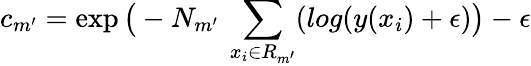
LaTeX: c_{m^{\prime}}=\exp\big(-N_{m^{\prime}}\: \sum_{x_{i}\in R_{m^{\prime}}}(log(y(x_{i})+\epsilon)\big)-\epsilon